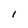
Character: i